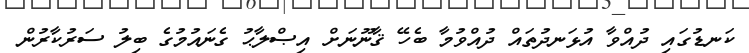
ކަނޑުގައި ދުއްވާ އުޅަނދުތައް ދުއްވުމާ ބެހޭ ޤާނޫނަށް އިޞްލާޙު ގެނައުމުގެ ބިލު ސަރުކާރުން